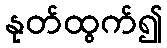
နုတ်ထွက်၍